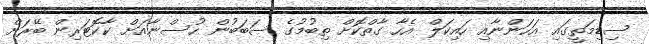
ސިޑިމަތީގައި އަހަންނާއި ހައިކަލް އެހާ ގާތްކޮށް ތިބުމުގެ ސަބަބުން ހުސްނާއަށް ކާކޮޓަރިން ބޭރަށް